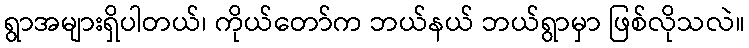
ရွာအများရှိပါတယ်၊ ကိုယ်တော်က ဘယ်နယ် ဘယ်ရွာမှာ ဖြစ်လိုသလဲ။